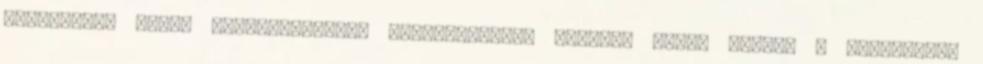
rituálékra lehet következtetni. Természetesen sokszor képbe került a drogmaffia